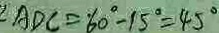
\angle A D C = 6 0 ^ { \circ } - 1 5 ^ { \circ } = 4 5 ^ { \circ }